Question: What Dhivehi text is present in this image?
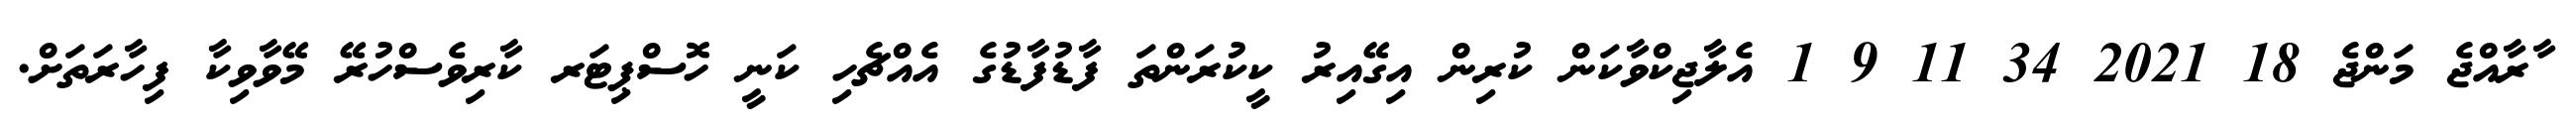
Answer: ާރާއްޖެ މަންޖެ 18 2021 34 11 9 1 އެލާޖިކްވާކަން ކުރިން އިގޭއިރު ކީކުރަންތަ ފާޑުފާޑުގެ އެއްޗެހި ކަނީ ހޮސްޕިޓަރ ކާރިވެސްހުރޭ މޭވާވިކާ ފިހާރަތަށް.